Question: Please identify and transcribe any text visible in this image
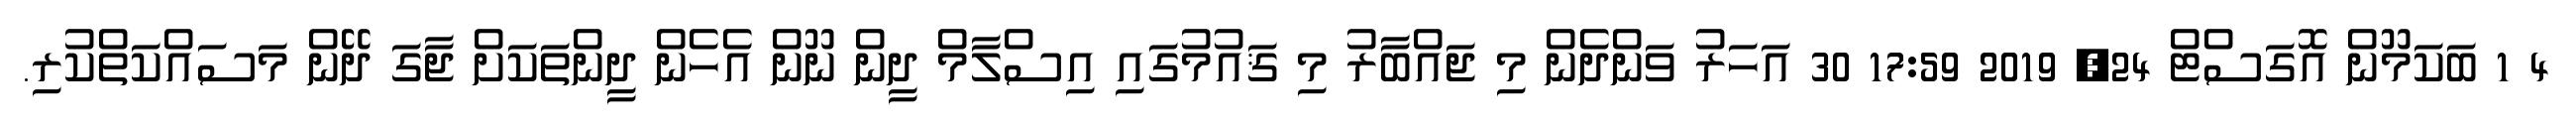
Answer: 4 1 ބަކަމޫން އޮގަސްޓް 24, 2019 17:59 30 އަހަރު ވަންދެން މި ޖައްބާރު މި ޤައުމުގައި އިސްލާމް ދީން ނޫން އެހެން ދީންތަކަށް ޖާގަ ދޭން މަސައްކަތްކުރި.